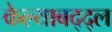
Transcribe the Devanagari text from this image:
केल्याबद्द्ल